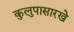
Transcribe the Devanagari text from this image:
कुलुपासारखे